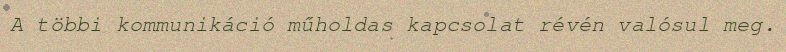
A többi kommunikáció műholdas kapcsolat révén valósul meg.